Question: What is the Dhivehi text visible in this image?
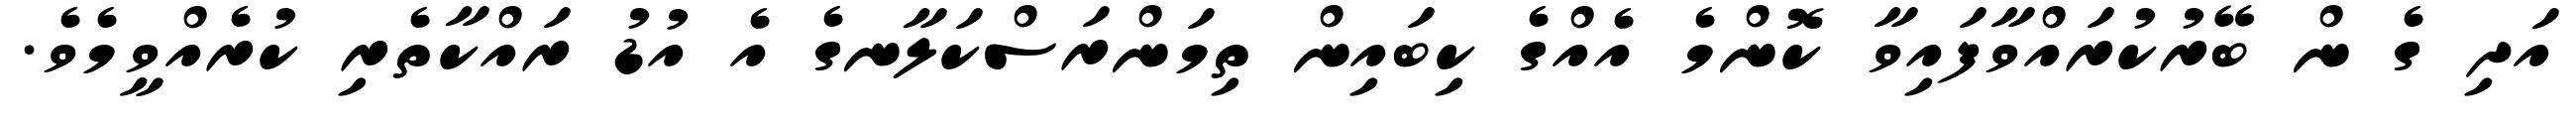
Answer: އަދި ގެ ން ބޭރުކުރައްވާފައިވާ ކޮންމެ އެއްގެ ކިބައިން ތިމަންރަސްކަލާނގެ އެ އުޑު ރައްކާތެރި ކުރެއްވީމެވެ.